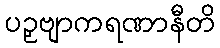
ပဉှဗျာကရဏာနီတိ